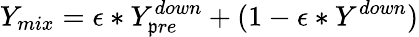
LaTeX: Y_{mix}=\epsilon*Y_{\mathfrak{p}re}^{down}+(1-\epsilon*Y^{down})